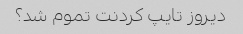
دیروز تایپ کردنت تموم شد؟